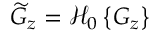
\widetilde { G } _ { z } = \mathcal { H } _ { 0 } \left\{ G _ { z } \right\}